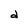
Character: d